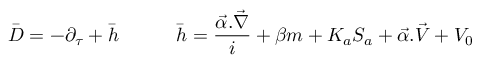
\bar { D } = - \partial _ { \tau } + \bar { h } \quad \quad \quad \bar { h } = \frac { \vec { \alpha } . \vec { \nabla } } i + \beta m + K _ { a } S _ { a } + \vec { \alpha } . \vec { V } + V _ { 0 }